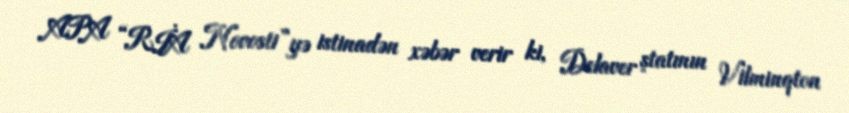
APA “RİA Novosti”yə istinadən xəbər verir ki, Delaver ştatının Vilminqton